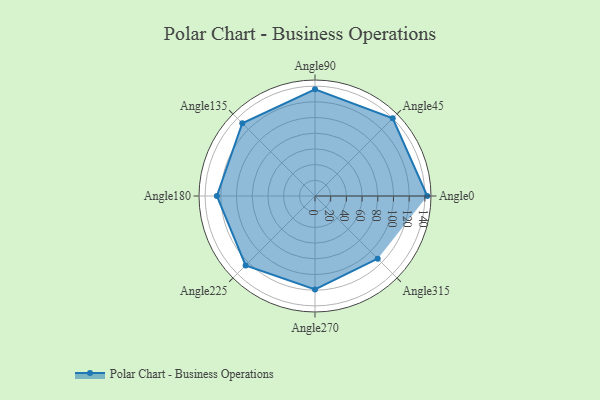
{"axis": {"x": "Angle", "y": "Radius"}, "legend": [""], "data": [{"x": "Angle0", "y": 143.0, "type": ""}, {"x": "Angle45", "y": 140.0, "type": ""}, {"x": "Angle90", "y": 136.0, "type": ""}, {"x": "Angle135", "y": 131.0, "type": ""}, {"x": "Angle180", "y": 125.0, "type": ""}, {"x": "Angle225", "y": 125.0, "type": ""}, {"x": "Angle270", "y": 119.0, "type": ""}, {"x": "Angle315", "y": 113.0, "type": ""}]}